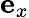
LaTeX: \boldsymbol{\mathrm{e}}_{x}